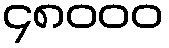
၄၈၀၀၀